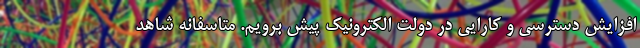
افزایش دسترسی و کارایی در دولت الکترونیک پیش برویم. متاسفانه شاهد